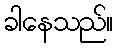
ခါနေသည်။